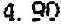
4.90